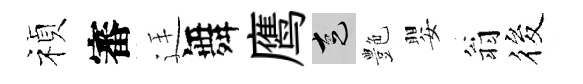
禎審廷舞鹰走艶嬰翁筱